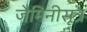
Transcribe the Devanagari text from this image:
जैमिनीसूत्र